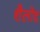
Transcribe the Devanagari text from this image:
शैलोद